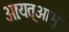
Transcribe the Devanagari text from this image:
आःयत्आभु